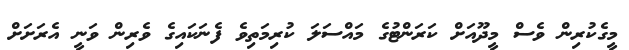
މީގެކުރިން ވެސް މީދޫއަށް ކަރަންޓުގެ މައްސަލަ ކުރިމަތިވެ ފެނަކައިގެ ވެރިން ވަނީ އެރަށަށް